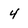
Character: 4